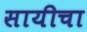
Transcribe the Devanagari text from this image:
सायीचा